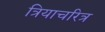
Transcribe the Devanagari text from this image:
त्रियाचरित्र